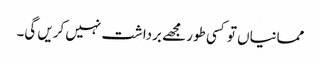
ممانیاں تو کسی طور مجھے برداشت نہیں کریں گی۔